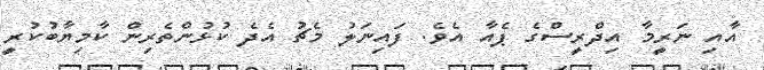
އާއި ނަރީމާ އިދްރީސްގެ ޕެއާ އެވެ. ފައިނަލު މެޗު އެދެ ކުޅުންތެރިން ކާމިޔާބުކުރީ